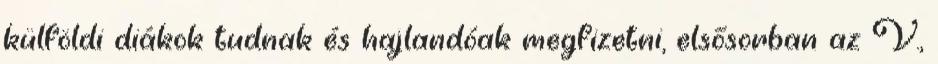
külföldi diákok tudnak és hajlandóak megfizetni, elsősorban az V.,